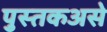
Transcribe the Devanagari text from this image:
पुस्तकअसे